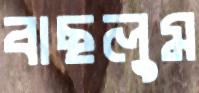
বাছলুম